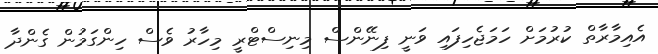
އެއިމާރާތް ކުރުމަށް ހަމަޖެހިފައި ވަނީ ފިނޭންސް މިނިސްޓްރީ މިހާރު ވެސް ހިންގަމުން ގެންދާ